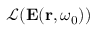
\mathcal { L } ( \mathbf { E } ( \mathbf { r } , \omega _ { 0 } ) )